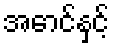
အောင်နှင့်